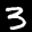
Label: 3